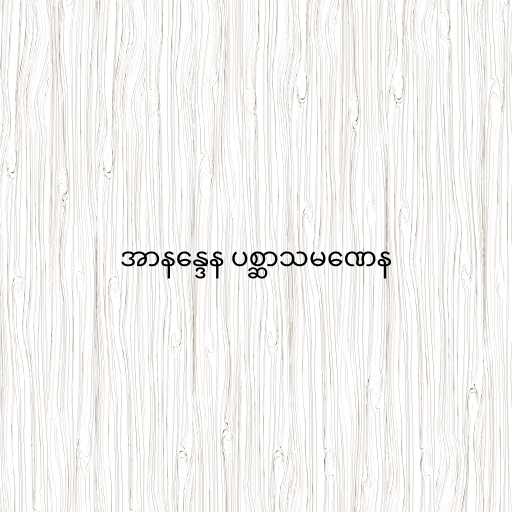
အာနန္ဒေန ပစ္ဆာသမဏေန